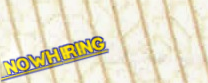
NowHiring